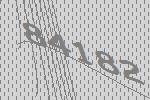
84182